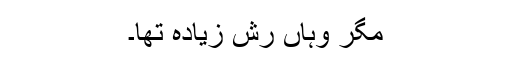
مگر وہاں رش زیادہ تھا۔